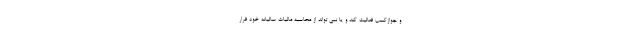
و جوازکسب فعالیت کند و یا نمی تواند از محاسبه مالیات سالیانه خود فرار